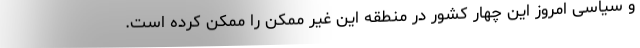
و سیاسی امروز این چهار کشور در منطقه این غیر ممکن را ممکن کرده است.